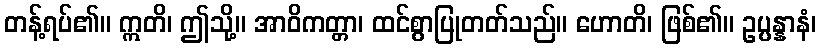
တန့်ရပ်၏။ ဣတိ၊ ဤသို့။ အာဝိကတ္တာ၊ ထင်စွာပြုတတ်သည်။ ဟောတိ၊ ဖြစ်၏။ ဥပ္ပန္နာနံ၊